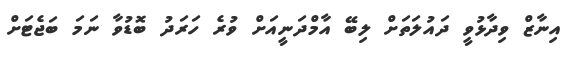
އިނާޒް ވިދާޅުވީ ދައުލަތަށް ލިބޭ އާމްދަނީއަށް ވުރެ ހަރަދު ބޮޑުވާ ނަމަ ބަޖެޓަށް